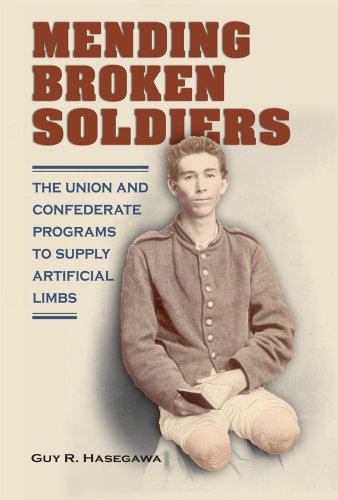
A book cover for Mending Broken Soldiers: The Union and Confederate Programs to Supply Artificial Limbs; Guy R. Hasegawa; Medical Books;